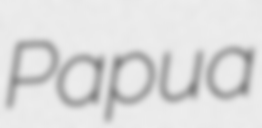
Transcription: Papua